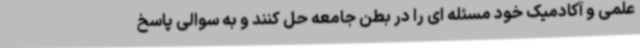
علمی و آکادمیک خود مسئله ای را در بطن جامعه حل کنند و به سوالی پاسخ